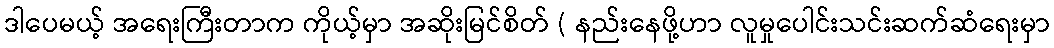
ဒါပေမယ့် အရေးကြီးတာက ကိုယ့်မှာ အဆိုးမြင်စိတ် ( နည်းနေဖို့ဟာ လူမှုပေါင်းသင်းဆက်ဆံရေးမှာ